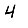
Digit: 4